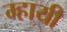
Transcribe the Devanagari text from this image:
म्हायी